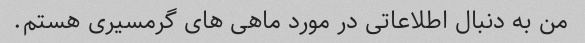
من به دنبال اطلاعاتی در مورد ماهی های گرمسیری هستم.